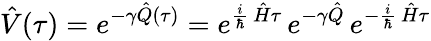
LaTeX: \hat{V}(\tau)=e^{-\gamma\hat{Q}(\tau)}=e^{\frac{i}{\hbar}\, \hat{H}\tau}\, e^{-\gamma\hat{Q}}\, e^{-\frac{i}{\hbar}\, \hat{H}\tau}